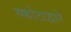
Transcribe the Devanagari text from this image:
स्फोटाद्वारे